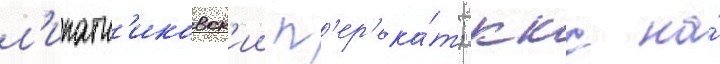
л'ипатн'иковск'ии п'ер'ека́т; ккс на́